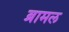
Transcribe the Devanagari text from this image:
ब्रामल